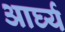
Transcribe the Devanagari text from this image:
आर्घ्य